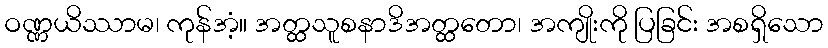
ဝဏ္ဏယိဿာမ၊ ကုန်အံ့။ အတ္ထသူစနာဒိအတ္ထတော၊ အကျိုးကို ပြခြင်း အစရှိသော